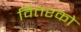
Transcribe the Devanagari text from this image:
वितरको